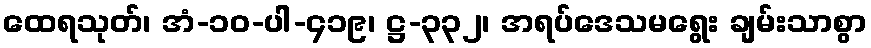
ထေရသုတ်၊ အံ-၁၀-ပါ-၄၁၉၊ ဋ္ဌ-၃၃၂၊ အရပ်ဒေသမရွေး ချမ်းသာစွာ